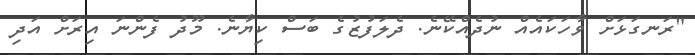
"ރަނގަޅަށް ވާހަކައެއް ނުދެއްކޭނެ. ދެލަފުޒުގެ ބަސް ކިޔާނެ. މޫދު ފެންނަ އިރަަށް އަދި